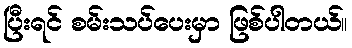
ပြီးရင် စမ်းသပ်ပေးမှာ ဖြစ်ပါတယ်။